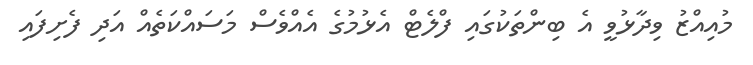
މުއިއްޒު ވިދާޅުވީ އެ ބިންތަކުގައި ފްލެޓް އެޅުމުގެ އެއްވެސް މަސައްކަތެއް އަދި ފެށިފައި